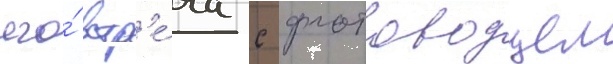
его́ встр'е́ча с флотоводцем